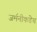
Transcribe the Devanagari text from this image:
जर्मनीकडेच